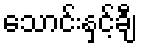
သောင်းနှင့်ချီ